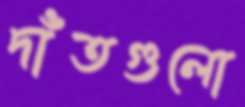
দাঁতগুলো